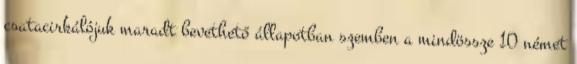
csatacirkálójuk maradt bevethető állapotban szemben a mindössze 10 német